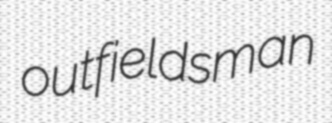
outfieldsman